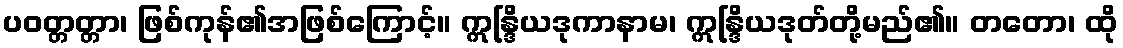
ပဝတ္တတ္တာ၊ ဖြစ်ကုန်၏အဖြစ်ကြောင့်။ ဣန္ဒြိယဒုကာနာမ၊ ဣန္ဒြိယဒုတ်တို့မည်၏။ တတော၊ ထို